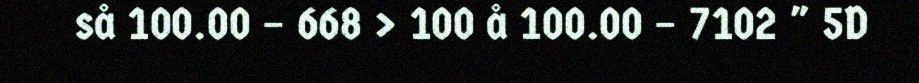
så 100.00 – 668 > 100 å 100.00 – 7102 " 5D